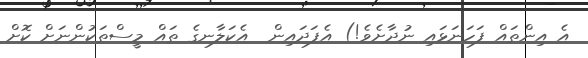
އެ އިންތައް ފަހަނަޅައި ނުދާށެވެ!) އެފަދައިން  އެކަލާނގެ ތައް މީސްތަކުންނަށް ކޮށް